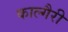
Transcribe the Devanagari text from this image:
काल्गैरी